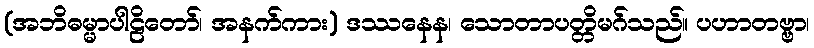
(အဘိဓမ္မာပါဠိတော်၊ အနက်ကား) ဒဿနေန၊ သောတာပတ္တိမဂ်သည်။ ပဟာတဗ္ဗာ၊